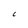
Character: C